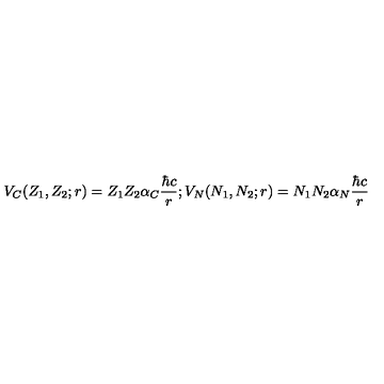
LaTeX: V _ { C } ( Z _ { 1 } , Z _ { 2 } ; r ) = Z _ { 1 } Z _ { 2 } \alpha _ { C } { \frac { \hbar c } { r } } ; V _ { N } ( N _ { 1 } , N _ { 2 } ; r ) = N _ { 1 } N _ { 2 } \alpha _ { N } { \frac { \hbar c } { r } }